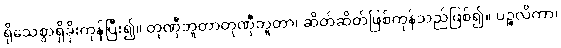
ရိုသေစွာရှိခိုးကုန်ပြီး၍။ တုဏှီဘူတာတုဏှီဘူတာ၊ ဆိတ်ဆိတ်ဖြစ်ကုန်သည်ဖြစ်၍။ ပဉ္စလိကာ၊